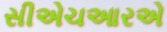
સીએચઆરએ